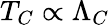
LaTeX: T_{C}\propto\Lambda_{C}